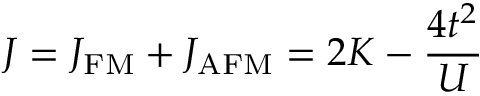
J = J _ { \mathrm { F M } } + J _ { \mathrm { A F M } } = 2 K - \frac { 4 t ^ { 2 } } { U }